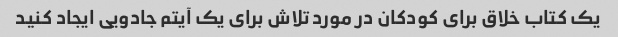
یک کتاب خلاق برای کودکان در مورد تلاش برای یک آیتم جادویی ایجاد کنید